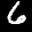
Label: 6